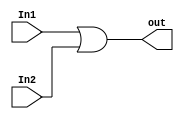
module OR_gate (
input        wire             In1,
input        wire             In2,

output       wire             out
);

assign out = In1 | In2 ;

endmodule